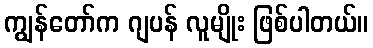
ကျွန်တော်က ဂျပန် လူမျိုး ဖြစ်ပါတယ်။